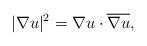
LaTeX: \begin{align*}|\nabla u|^2=\nabla u\cdot \overline{\nabla u},\end{align*}